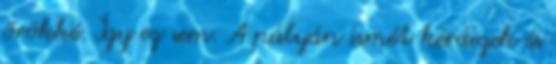
örökké. Így ez sem. A pályán ismét kérdezek és